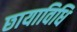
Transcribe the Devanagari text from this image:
छायाविधि